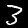
Label: 3